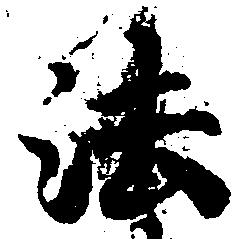
法